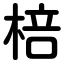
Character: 棓